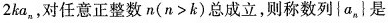
2ka_{n}，对任意正整数$$n(n>k)$$总成立，则称数列\{a_{n}\}是